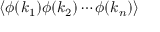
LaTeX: \left\langle \phi ( k _ { 1 } ) \phi ( k _ { 2 } ) \cdots \phi ( k _ { n } ) \right\rangle